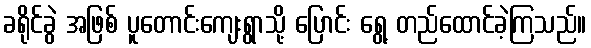
ခရိုင်ခွဲ အဖြစ် ပူတောင်းကျေးရွာသို့ ပြောင်း ရွေ့ တည်ထောင်ခဲ့ကြသည်။